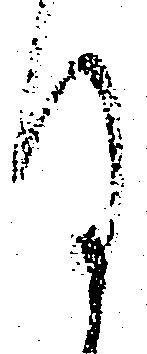
目